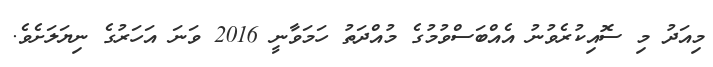
މިއަދު މި ސޮއިކުރެވުނު އެއްބަސްވުމުގެ މުއްދަތު ހަމަވާނީ 2016 ވަނަ އަހަރުގެ ނިޔަލަށެވެ.